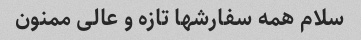
سلام همه سفارشها تازه و عالی ممنون